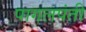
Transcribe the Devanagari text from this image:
पागलपंती